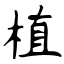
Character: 植